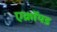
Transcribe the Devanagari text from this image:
एक्रॉयड